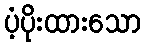
ပံ့ပိုးထားသော